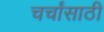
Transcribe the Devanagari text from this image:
चर्चांसाठी